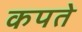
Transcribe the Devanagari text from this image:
कपते